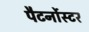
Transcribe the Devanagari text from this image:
पैटर्नोस्टर